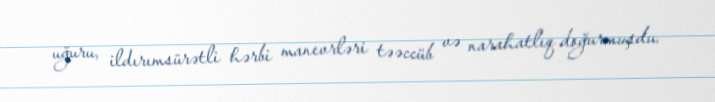
uğuru, ildırımsürətli hərbi manevrləri təəccüb və narahatlıq doğurmuşdu.